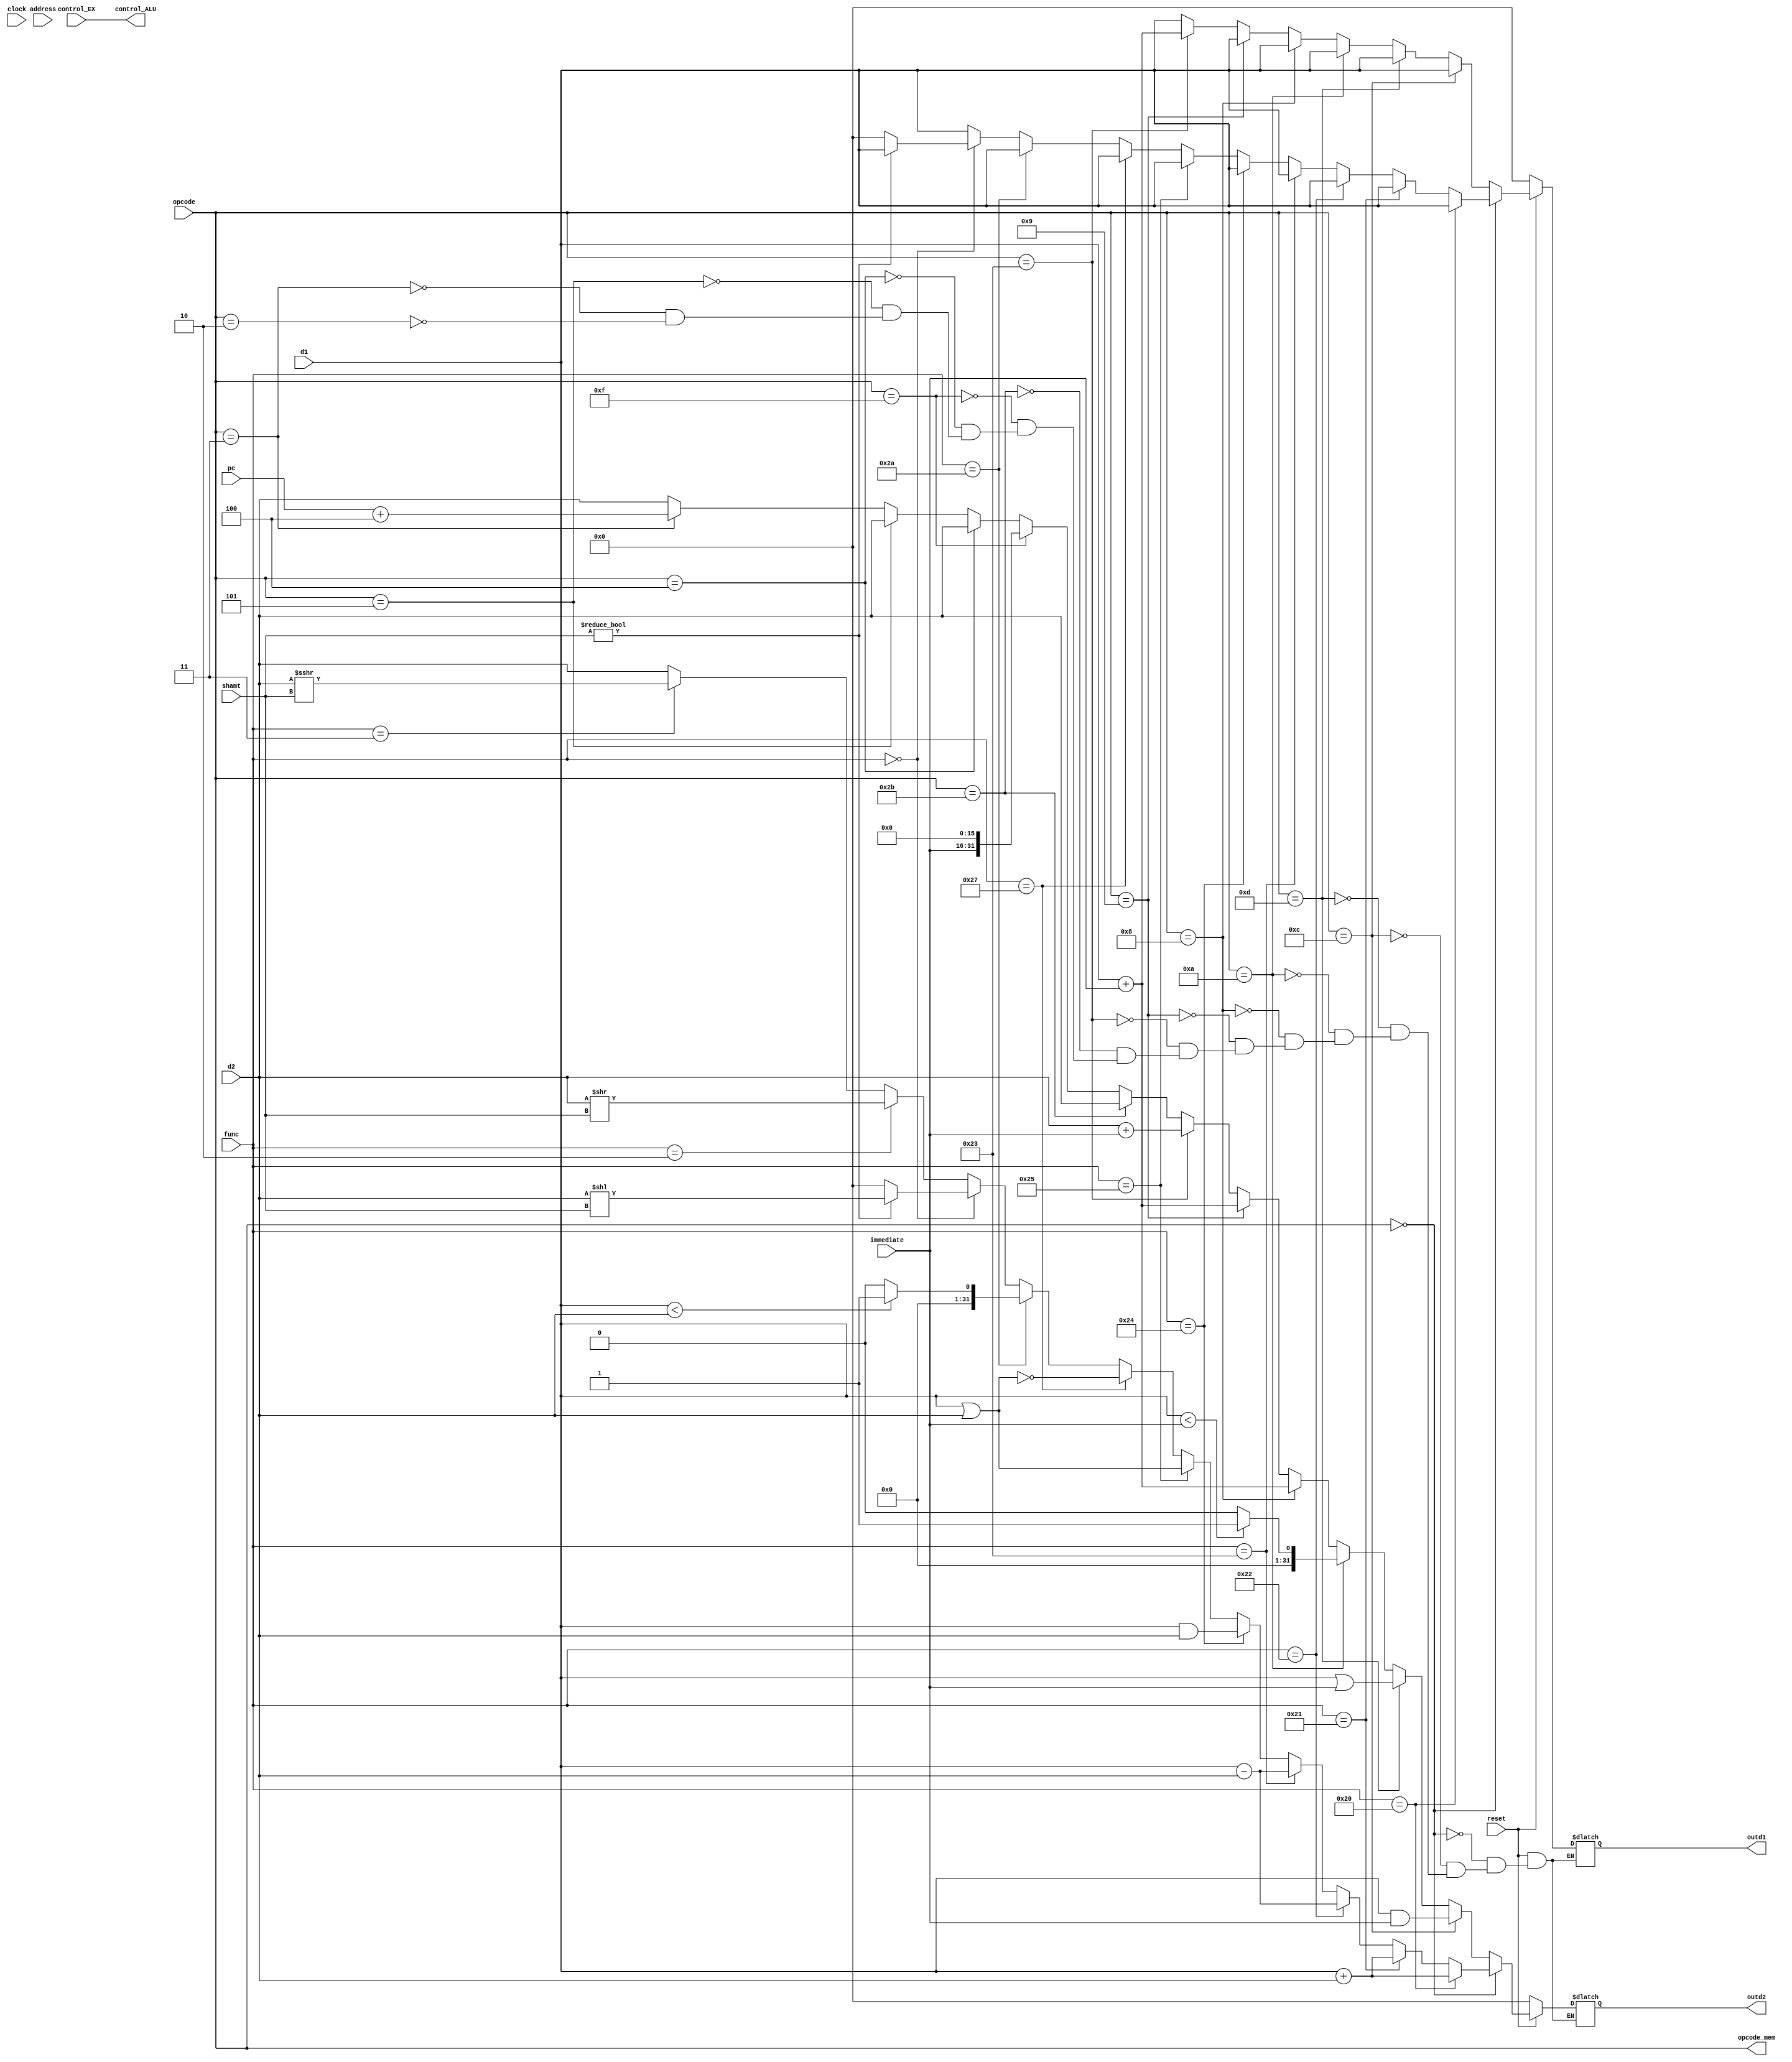
//ALU Module

module ALU(
	input wire reset,
	input wire [31:0] pc,
	input wire signed [31:0] d1,
	input wire signed [31:0] d2,
	input wire [5:0] func,
	input wire [5:0] opcode,
	input wire signed [4:0] shamt,
	input wire signed [15:0] immediate,
	input wire [25:0] address,
	input wire [7:0] control_EX,
	input wire clock,
	output reg signed [31:0] outd2,
	output reg signed [31:0] outd1,
	output reg [7:0] control_ALU, 
	output reg [5:0] opcode_mem);
	
	always @* begin
		control_ALU[7:0] <= control_EX[7:0];
		opcode_mem[5:0] <= opcode[5:0];
		if(!reset) begin
			outd1[31:0] <= 32'b0;
			outd2[31:0] <= 32'b0;
		//R-TYPE INSTRUCTIONS
		end else if (opcode[5:0] == 6'b000000) begin
			//Add
			if(func == 6'b100000) begin
				outd1[31:0] <= d1[31:0];
				outd2[31:0] <= d1[31:0] + d2[31:0];
			//Unsigned Add
			end else if (func == 6'b100001) begin
				outd1[31:0] <= d1[31:0];
				outd2[31:0] <= d1[31:0] + d2[31:0];
			//Subtract
			end else if (func == 6'b100010) begin
				outd1[31:0] <= d1[31:0];
				outd2[31:0] <= d1[31:0] - d2[31:0];
			//Unsigned subtract
			end else if (func == 6'b100011) begin
				outd1[31:0] <= d1[31:0];
				outd2[31:0] <= d1[31:0] - d2[31:0];
			//AND
			end else if (func == 6'b100100) begin
				outd1[31:0] <= d1[31:0];
				outd2[31:0] <= (d1[31:0] & d2[31:0]);
			//OR
			end else if (func == 6'b100101) begin
				outd1[31:0] <= d1[31:0];
				outd2[31:0] <= (d1[31:0] | d2[31:0]);
			//NOR
			end else if (func == 6'b100111) begin
				outd1[31:0] <= d1[31:0];
				outd2[31:0] <= ~(d1[31:0] | d2[31:0]);
			//Set less than (slt)
			end else if (func == 6'b101010) begin
				if(d1[31:0] < d2[31:0]) begin
					outd1[31:0] <= d1[31:0];
					outd2[31:0] <= 1;
				end else begin
					outd1[31:0] <= d1[31:0];
					outd2[31:0] <= 0;
				end
			end else if (func == 6'b000000) begin
				//Shift logic left (sll)
				if(shamt[4:0] != 5'b00000) begin
					outd1[31:0] <= d1[31:0];
					outd2[31:0] <= (d2[31:0] << shamt[4:0]);
				//NOP
				end else begin
					outd1[31:0] <= 32'b0;
					outd2[31:0] <= 32'b0;
				end
			//Shift logic right (srl)
			end else if (func == 6'b000010) begin
				outd1[31:0] <= d1[31:0];
				outd2[31:0] <= (d2[31:0] >> shamt[4:0]);
			//Shift logic right arithmetic (sra)
			end else if (func == 6'b000011) begin
				outd1[31:0] <= d1[31:0];
				outd2[31:0] <= ($signed(d2[31:0]) >>> $signed(shamt[4:0]));
			//ALL OTHER CASES
			end else begin
				outd1[31:0] <= d1[31:0];
				outd2[31:0] <= d2[31:0];
			end
		// andi
		end else if (opcode[5:0] == 6'b001100) begin
			outd1[31:0] <= d1[31:0];
			outd2[31:0] <= d1[31:0] & $signed(immediate[15:0]);
		// ori
		end else if (opcode[5:0] == 6'b001101) begin
			outd1[31:0] <= d1[31:0];
			outd2[31:0] <= (d1[31:0] | $signed(immediate[15:0]));
		// slti
		end else if (opcode[5:0] == 6'b001010) begin
			outd1[31:0] <= d1[31:0];
			if(d1[31:0] < $signed(immediate[15:0])) begin
				outd2[31:0] <= 32'h00000001;
			end else begin
				outd2[31:0] <= 32'h00000000;
			end
		// addi
		end else if (opcode[5:0] == 6'b001000) begin
			outd1[31:0] <= d1[31:0];
			outd2[31:0] <= d1[31:0] + $signed(immediate[15:0]);
		// addiu
		end else if (opcode[5:0] == 6'b001001) begin
			outd1[31:0] <= d1[31:0];
			outd2[31:0] <= $unsigned(d1[31:0] + $signed(immediate[15:0]));
		// lw
		end else if (opcode[5:0] == 6'b100011) begin
			outd1[31:0] <= d1[31:0] + $signed(immediate[15:0]);
			outd2[31:0] <= d2[31:0] + $signed(immediate[15:0]);
		// sw
		end else if (opcode[5:0] == 6'b101011) begin
			outd1[31:0] <= d1[31:0];
			outd2[31:0] <= d2[31:0];
		// lui
		end else if (opcode[5:0] == 6'b001111) begin
			outd1[31:0] <= d1[31:0];
			outd2[31:0] <= {immediate[15:0], 16'b0};
		// BEQ
		end else if (opcode[5:0] == 6'b000100) begin
			outd1[31:0] <= d1[31:0];
			outd2[31:0] <= d2[31:0];
		// BNE
		end else if (opcode[5:0] == 6'b000101) begin
			outd1[31:0] <= d1[31:0];
			outd2[31:0] <= d2[31:0];
		// jal
		end else if (opcode[5:0] == 6'b000011) begin
			outd1[31:0] <= d1[31:0];
			outd2[31:0] <= pc[31:0]+4;
		// j
		end else if (opcode[5:0] == 6'b000010) begin
			outd1[31:0] <= d1[31:0];
			outd2[31:0] <= d2[31:0];
		end
	end
endmodule